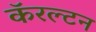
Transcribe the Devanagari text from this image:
कॅरल्टन